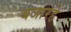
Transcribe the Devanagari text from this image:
बजारहे